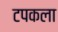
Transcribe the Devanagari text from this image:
टपकला